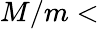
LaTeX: M/m<